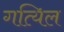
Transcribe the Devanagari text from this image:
गत्यिल